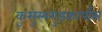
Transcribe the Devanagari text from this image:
कुसुम्भगुडकार्पास